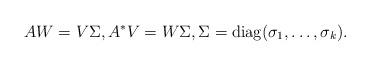
LaTeX: \begin{align*} A W = V \Sigma, A^{*} V = W \Sigma, \Sigma = \mathrm{diag}(\sigma_1, \ldots, \sigma_k).\end{align*}